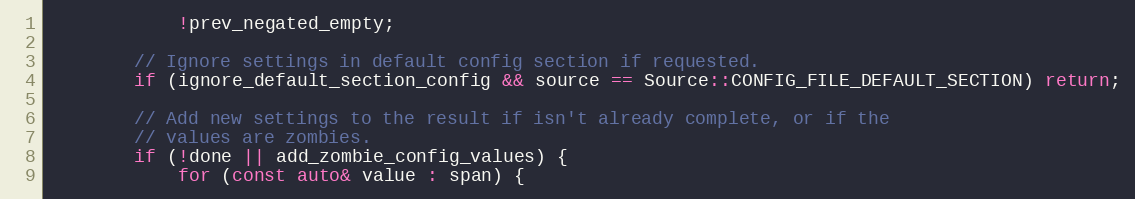
Language: C++
            !prev_negated_empty;

        // Ignore settings in default config section if requested.
        if (ignore_default_section_config && source == Source::CONFIG_FILE_DEFAULT_SECTION) return;

        // Add new settings to the result if isn't already complete, or if the
        // values are zombies.
        if (!done || add_zombie_config_values) {
            for (const auto& value : span) {